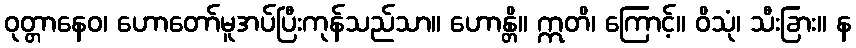
ဝုတ္တာနေဝ၊ ဟောတော်မူအပ်ပြီးကုန်သည်သာ။ ဟောန္တိ။ ဣတိ၊ ကြောင့်။ ဝိသုံ၊ သီးခြား။ န